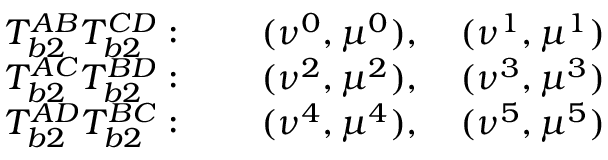
\begin{array} { c c } { T _ { b 2 } ^ { A B } T _ { b 2 } ^ { C D } : \qquad ( \nu ^ { 0 } , \mu ^ { 0 } ) , \quad ( \nu ^ { 1 } , \mu ^ { 1 } ) } \\ { T _ { b 2 } ^ { A C } T _ { b 2 } ^ { B D } : \qquad ( \nu ^ { 2 } , \mu ^ { 2 } ) , \quad ( \nu ^ { 3 } , \mu ^ { 3 } ) } \\ { T _ { b 2 } ^ { A D } T _ { b 2 } ^ { B C } : \qquad ( \nu ^ { 4 } , \mu ^ { 4 } ) , \quad ( \nu ^ { 5 } , \mu ^ { 5 } ) } \end{array}